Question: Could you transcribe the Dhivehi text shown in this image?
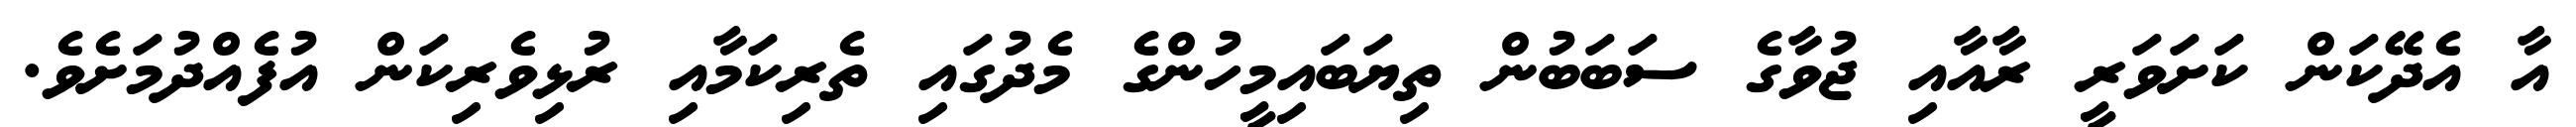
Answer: އާ އެދޭކަން ކަށަވަރީ ރާއާއި ޖުވާގެ ސަބަބުން ތިޔަބައިމީހުންގެ މެދުގައި ތެރިކަމާއި ރުޅިވެރިކަން އުފެއްދުމަށެވެ.